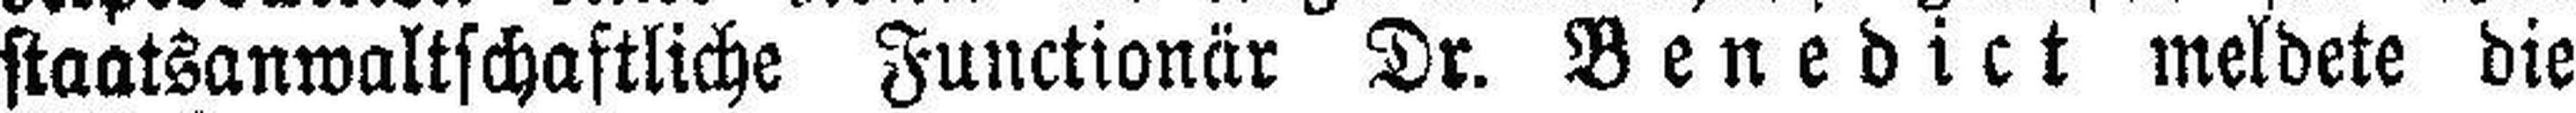
staatsanwaltschaftliche Functionär Dr. Benedict meldete die